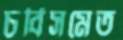
চর্বিসমেত